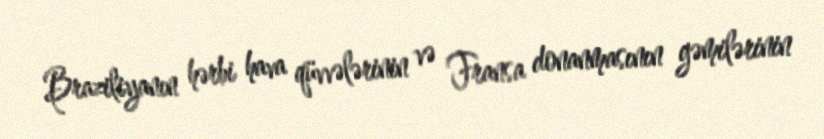
Braziliyanın hərbi hava qüvvələrinin və Fransa donanmasının gəmilərinin